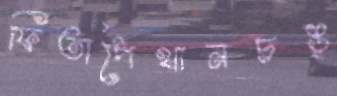
ফিতাপৈথানচঙ্